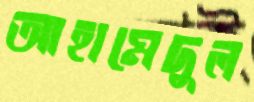
আহামেদুল